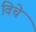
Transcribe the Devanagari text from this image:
विचे